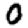
Digit: 0